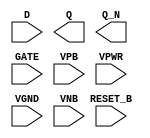
module sky130_fd_sc_hd__dlrbp (
    //# {{data|Data Signals}}
    input  D      ,
    output Q      ,
    output Q_N    ,

    //# {{control|Control Signals}}
    input  RESET_B,

    //# {{clocks|Clocking}}
    input  GATE   ,

    //# {{power|Power}}
    input  VPB    ,
    input  VPWR   ,
    input  VGND   ,
    input  VNB
);
endmodule